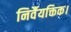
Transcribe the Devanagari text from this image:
निर्वैयक्तिक।